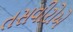
તસવીરોએ